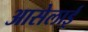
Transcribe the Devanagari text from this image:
आसेलाई